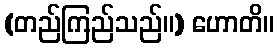
(တည်ကြည်သည်။) ဟောတိ။